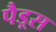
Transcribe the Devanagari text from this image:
पैड़्स